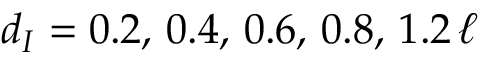
d _ { I } = 0 . 2 , \, 0 . 4 , \, 0 . 6 , \, 0 . 8 , \, 1 . 2 \, \ell